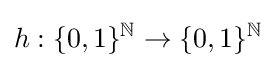
h:\{0,1\}^{\mathbb {N} }\to \{0,1\}^{\mathbb {N} }